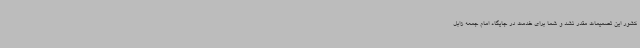
کشور این تصمیمات مقدر نشد و شما برای خدمت در جایگاه امام جمعه زابل